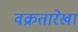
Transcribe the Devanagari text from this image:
वक्रतारेखा